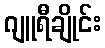
ဂျူရီချိုင်း